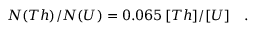
N ( T h ) / N ( U ) = 0 . 0 6 5 \, [ T h ] / [ U ] \quad .